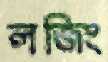
লজিং